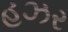
હઝર